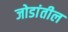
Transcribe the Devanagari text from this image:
जोडांतील